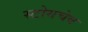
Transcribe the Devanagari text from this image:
स्टोयचेव